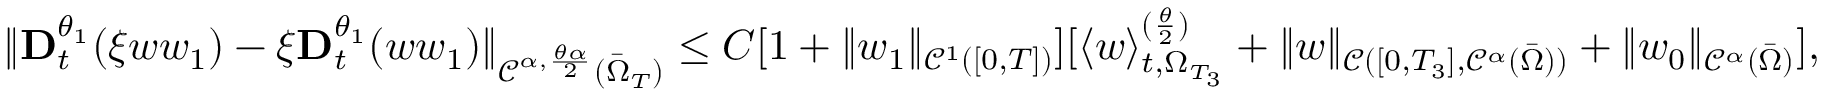
\| \mathbf { D } _ { t } ^ { \theta _ { 1 } } ( \xi w w _ { 1 } ) - \xi \mathbf { D } _ { t } ^ { \theta _ { 1 } } ( w w _ { 1 } ) \| _ { \mathcal { C } ^ { \alpha , \frac { \theta \alpha } { 2 } } ( \bar { \Omega } _ { T } ) } \leq C [ 1 + \| w _ { 1 } \| _ { \mathcal { C } ^ { 1 } ( [ 0 , T ] ) } ] [ \langle w \rangle _ { t , \Omega _ { T _ { 3 } } } ^ { ( \frac { \theta } { 2 } ) } + \| w \| _ { \mathcal { C } ( [ 0 , T _ { 3 } ] , \mathcal { C } ^ { \alpha } ( \bar { \Omega } ) ) } + \| w _ { 0 } \| _ { \mathcal { C } ^ { \alpha } ( \bar { \Omega } ) } ] ,